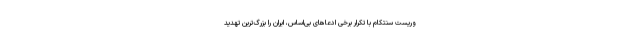
وریست‌ سنتکام با تکرار برخی ادعاهای بی‌اساس، ایران را بزرگ‌ترین تهدید